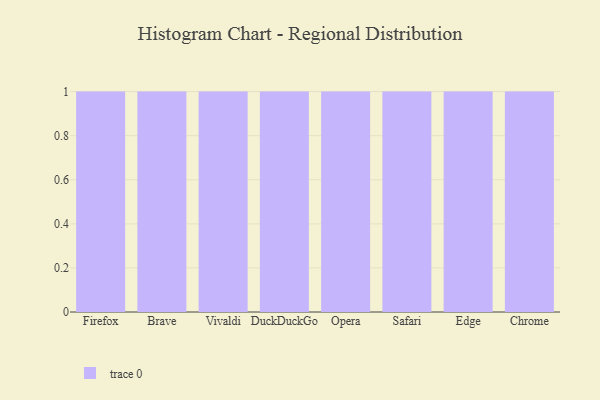
{"axis": {"x": "Browser", "y": "Active Users"}, "legend": [""], "data": [{"x": "Firefox", "y": 30, "type": ""}, {"x": "Brave", "y": 62, "type": ""}, {"x": "Vivaldi", "y": 98, "type": ""}, {"x": "DuckDuckGo", "y": 2, "type": ""}, {"x": "Opera", "y": 88, "type": ""}, {"x": "Safari", "y": 88, "type": ""}, {"x": "Edge", "y": 78, "type": ""}, {"x": "Chrome", "y": 50, "type": ""}]}